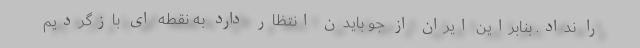
را نداد. بنابراین ایران از جو بایدن انتظار دارد به نقطه ای بازگردیم